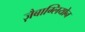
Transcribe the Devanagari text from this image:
ज़ैबाग्लियोन